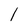
Character: 1